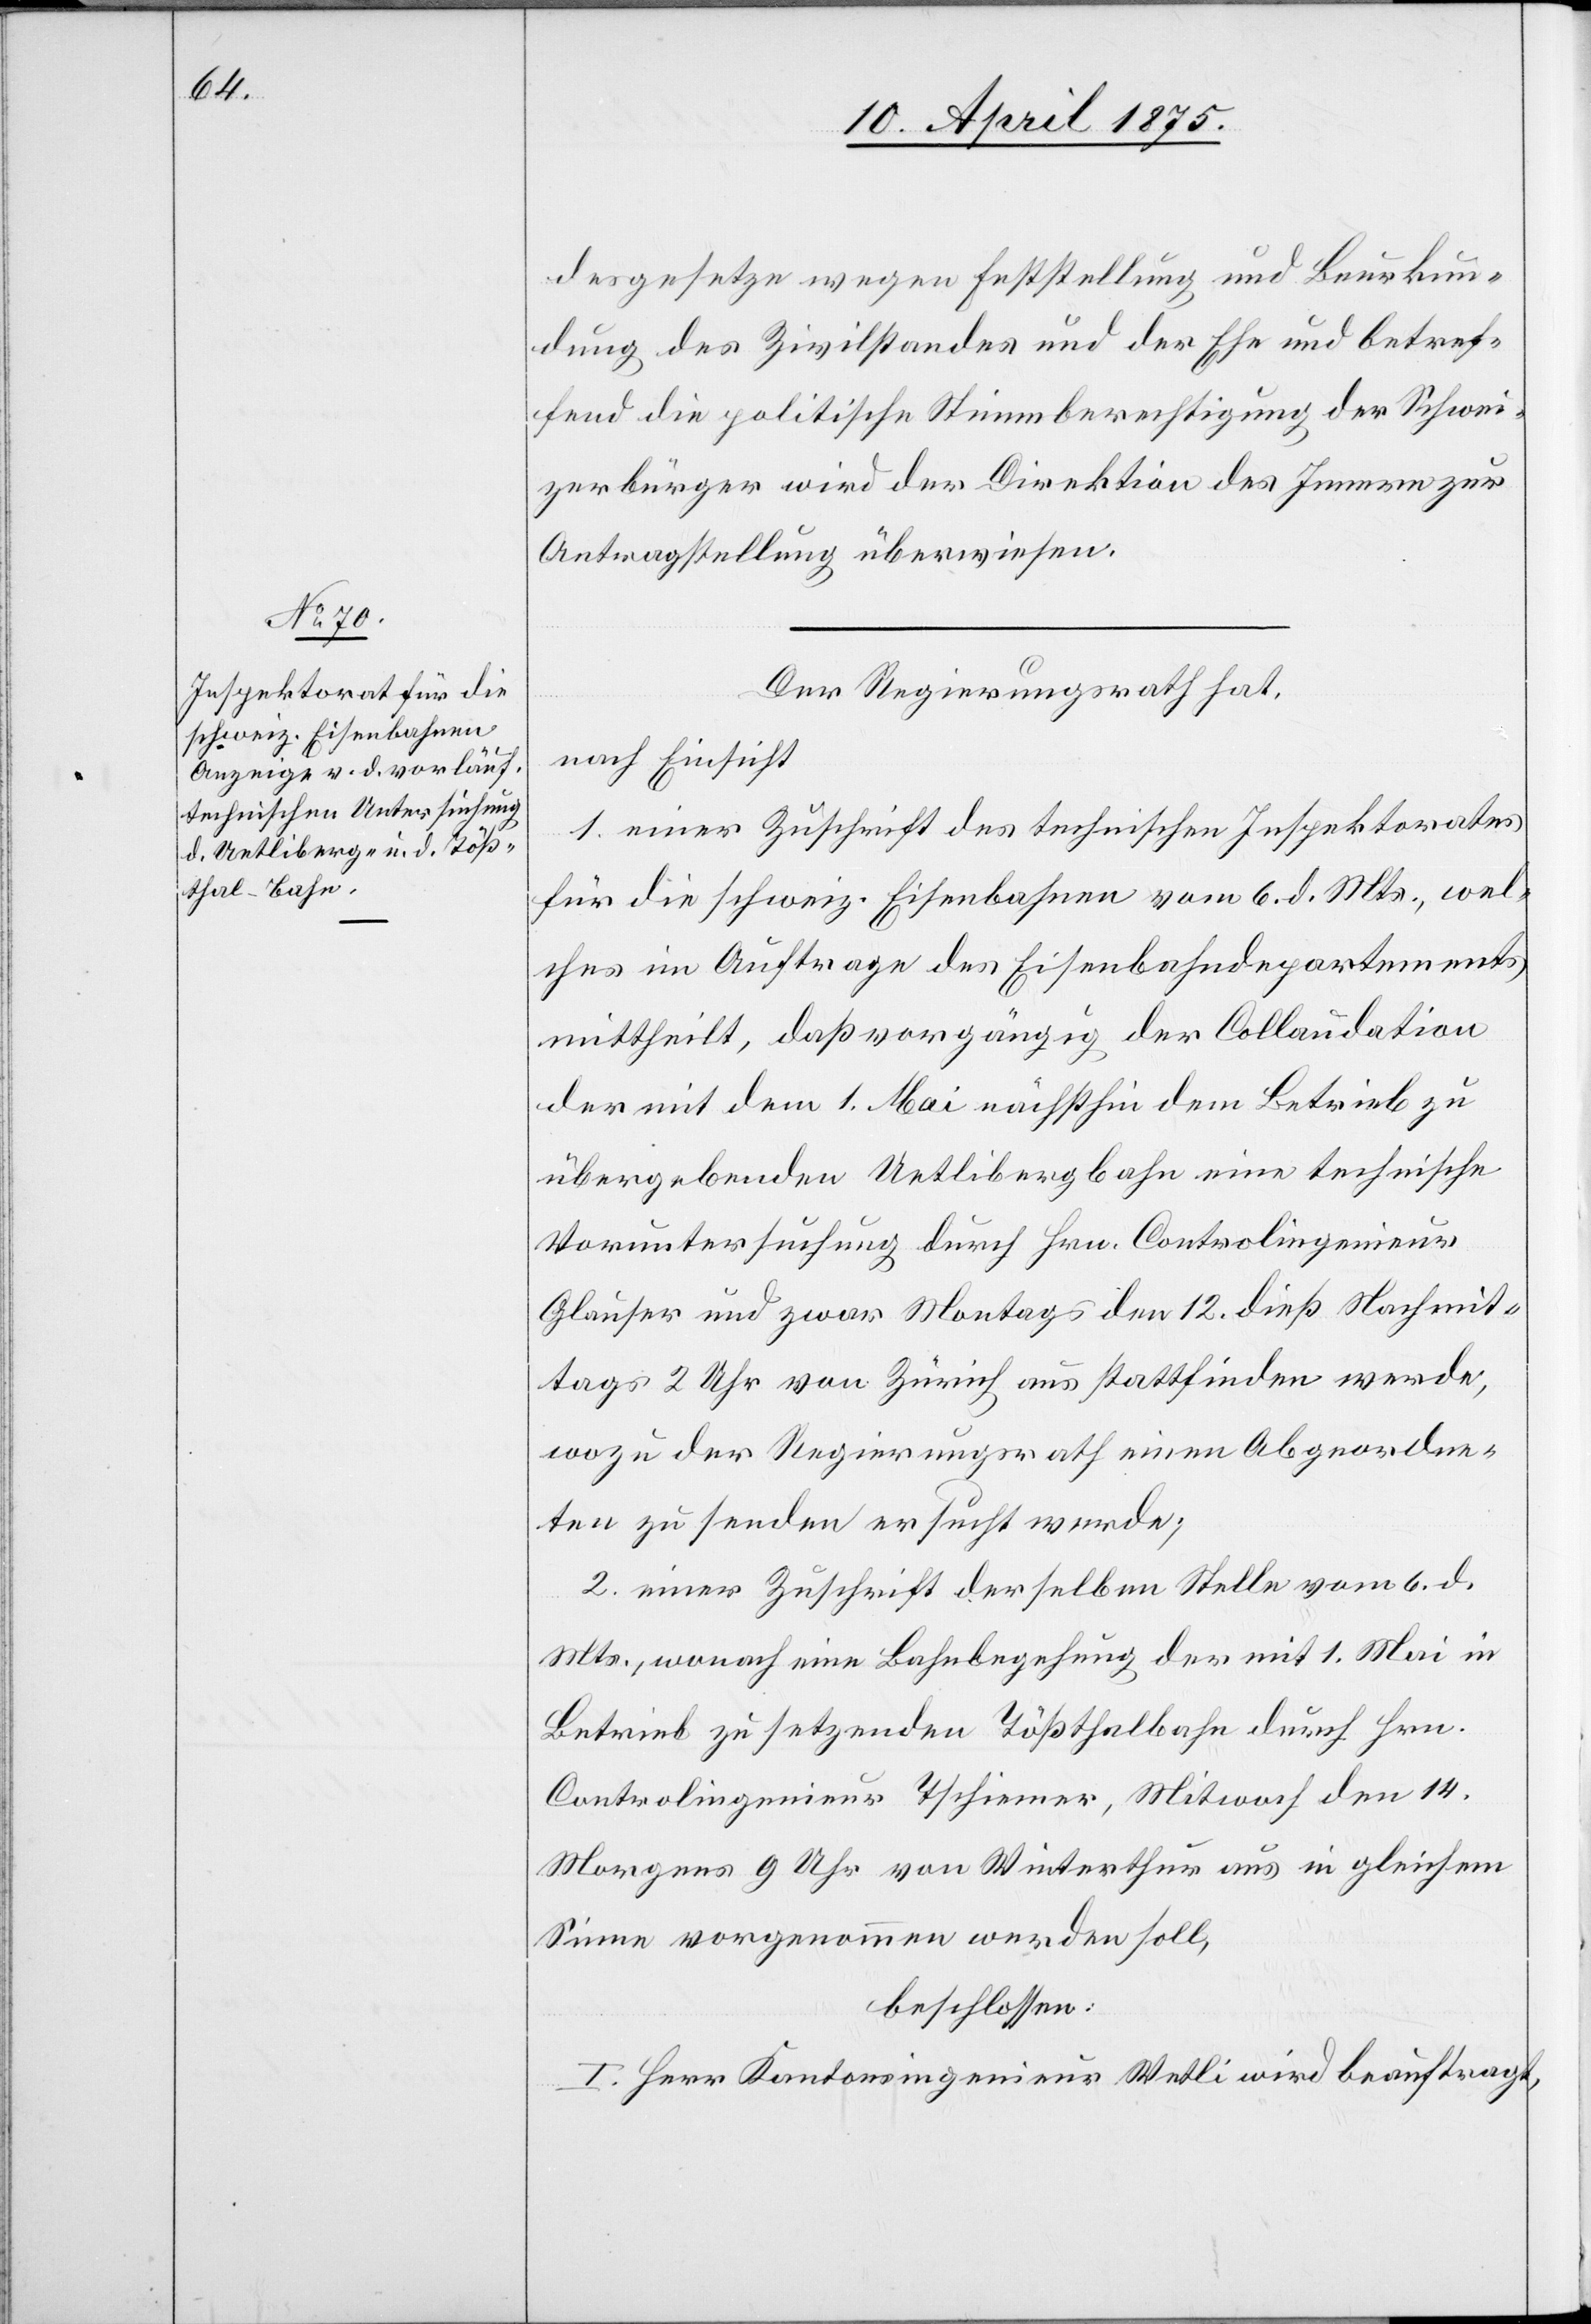
desgesetze wegen Feststellung und Beurkun¬
dung des Zivilstandes und der Ehe und betref¬
fend die politische Stimmberechtigung der Schwei¬
zerbürger wird der Direktion des Innern zur
Antragstellung überwiesen.
Der Regierungsrath hat,
nach Einsicht
1. einer Zuschrift des technischen Inspektorates
für die schweiz. Eisenbahnen vom 6. d. Mts., wel¬
ches im Auftrage des Eisenbahndepartements
mittheilt, daß vorgängig der Collaudation
der mit dem 1. Mai nächsthin dem Betrieb zu
übergebenden Uetlibergbahn eine technische
Voruntersuchung durch Hrn. Controlingenieur
Glauser und zwar Montags den 12. dieß Nachmit¬
tags um 2 Uhr von Zürich aus stattfinden werde,
wozu der Regierungsrath einen Abgeordne¬
ten zu senden ersucht werde;
2. einer Zuschrift derselben Stelle vom 6. d.
Mts., wonach eine Bahnbegehung der mit 1. Mai in
Betrieb zu setzenden Tößthalbahn durch Hrn.
Controlingenieur Tschiemer, Mittwoch den 14.
Morgens 9 Uhr von Winterthur aus in gleichem
Sinne vorgenommen werden soll,
beschlossen:
I. Herr Kantonsingenieur Wetli wird beauftragt,